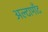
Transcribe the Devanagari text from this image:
अल्टामाँट